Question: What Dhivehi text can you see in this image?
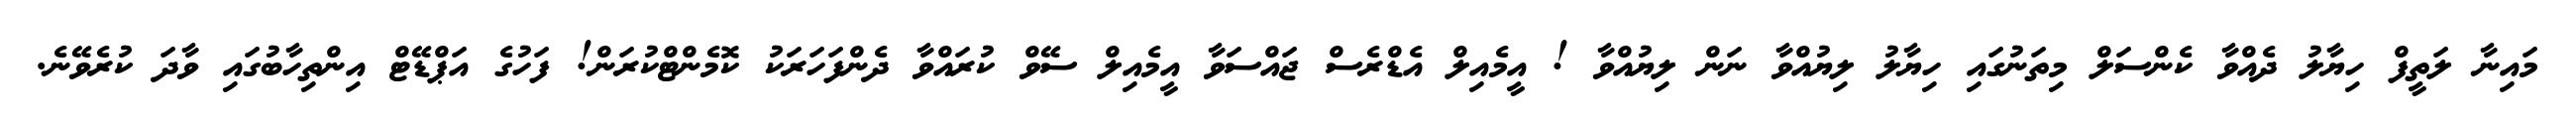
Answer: މައިނާ ލަތީފް ހިޔާލު ދެއްވާ ކެންސަލް މިތަނުގައި ހިޔާލު ލިޔުއްވާ ނަން ލިޔުއްވާ ! އީމެއިލް އެޑްރެސް ޖައްސަވާ އީމެއިލް ސޭވް ކުރައްވާ ދެންފަހަރަކު ކޮމެންޓްކުރަން! ފަހުގެ އަޕްޑޭޓް އިންތިހާބުގައި ވާދަ ކުރެވޭނެ.